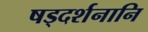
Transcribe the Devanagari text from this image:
षड्दर्शनानि